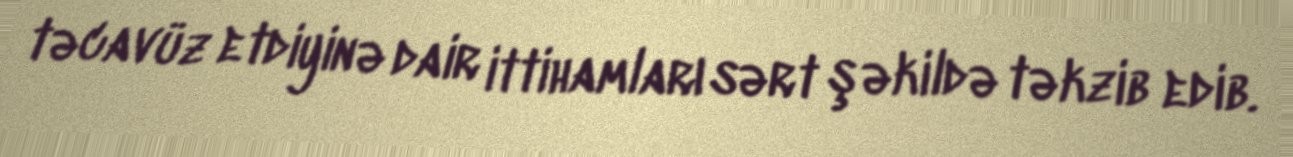
təcavüz etdiyinə dair ittihamları sərt şəkildə təkzib edib.